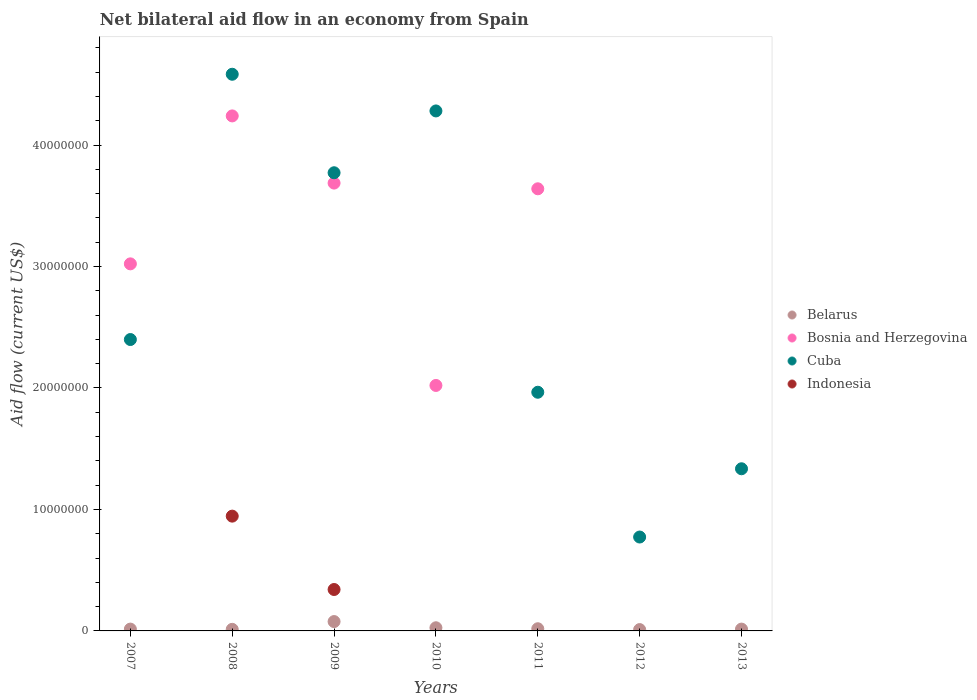
| Years | Belarus | Bosnia and Herzegovina | Cuba | Indonesia |
 | --- | --- | --- | --- | --- |
 | 2007 | 1.5e+05 | 3.02e+07 | 2.4e+07 | -1.62e+07 |
 | 2008 | 1.3e+05 | 4.24e+07 | 4.58e+07 | 9.45e+06 |
 | 2009 | 7.7e+05 | 3.69e+07 | 3.77e+07 | 3.41e+06 |
 | 2010 | 2.6e+05 | 2.02e+07 | 4.28e+07 | -1.06e+07 |
 | 2011 | 1.8e+05 | 3.64e+07 | 1.96e+07 | -1.61e+07 |
 | 2012 | 1.1e+05 | -3.91e+06 | 7.73e+06 | -9.38e+06 |
 | 2013 | 1.5e+05 | -4.65e+06 | 1.34e+07 | -1.33e+07 |